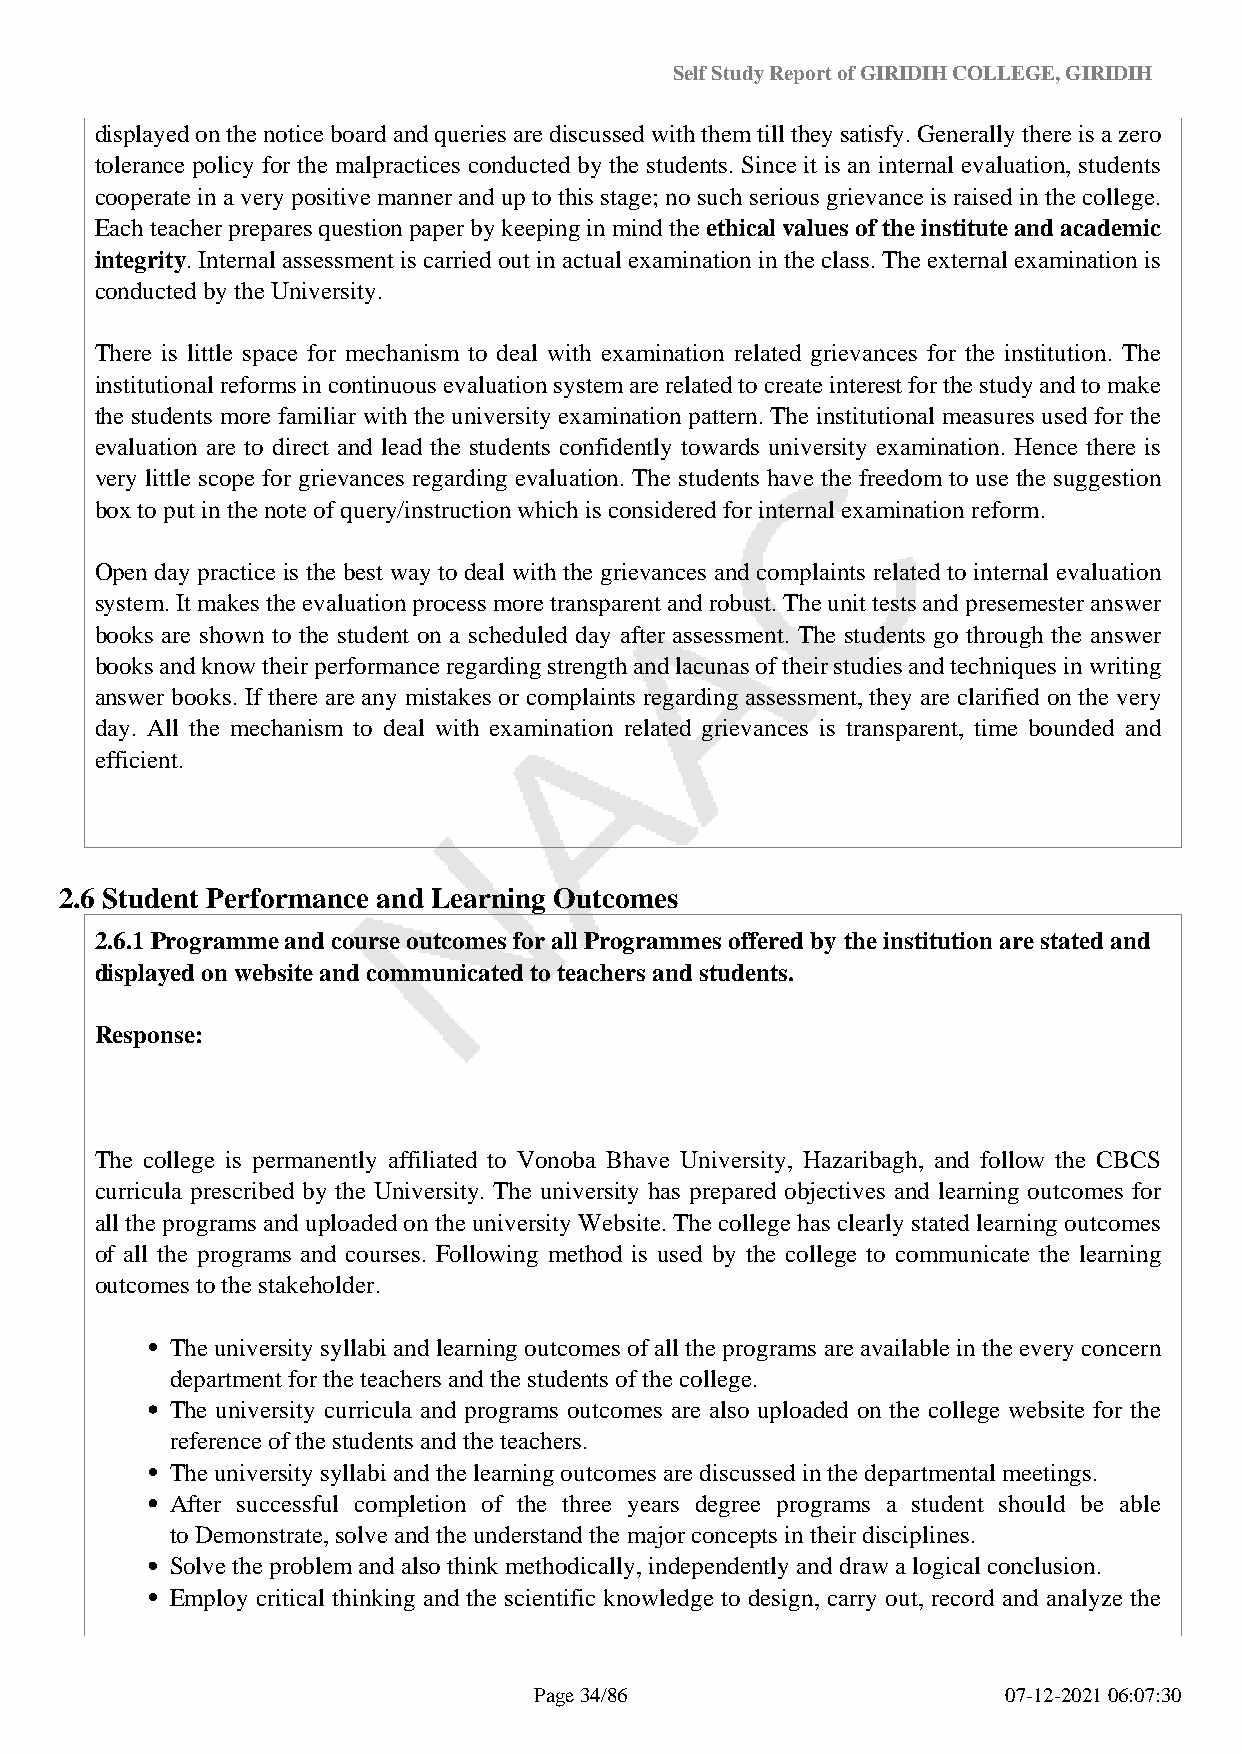
Self Study Report of GIRIDIH COLLEGE, GIRIDIH
 displayed on the notice board and queries are discussed with them till they satisfy. Generally there is a zero
 tolerance policy for the malpractices conducted by the students. Since it is an internal evaluation, students
 cooperate in a very positive manner and up to this stage; no such serious grievance is raised in the college.
 Each teacher prepares question paper by keeping in mind the ethical values of the institute and academic
 integrity. Internal assessment is carried out in actual examination in the class. The external examination is
 conducted by the University.
 There is little space for mechanism to deal with examination related grievances for the institution. The
 institutional reforms in continuous evaluation system are related to create interest for the study and to make
 the students more familiar with the university examination pattern. The institutional measures used for the
 evaluation are to direct and lead the students confidently towards university examination. Hence there is
 very little scope for grievances regarding evaluation. The students have the freedom to use the suggestion
 box to put in the note of query/instruction which is considered for internal examination reform.
 Open day practice is the best way to deal with the grievances and complaints related to internal evaluation
 system. It makes the evaluation process more transparent and robust. The unit tests and presemester answer
 books are shown to the student on a scheduled day after assessment. The students go through the answer
 books and know their performance regarding strength and lacunas of their studies and techniques in writing
 answer books. If there are any mistakes or complaints regarding assessment, they are clarified on the very
 day. All the mechanism to deal with examination related grievances is transparent, time bounded and
 efficient.
 2.6 Student Performance and Learning Outcomes
 2.6.1 Programme and course outcomes for all Programmes offered by the institution are stated and
 displayed on website and communicated to teachers and students.
 Response:
 The college is permanently affiliated to Vonoba Bhave University, Hazaribagh, and follow the CBCS
 curricula prescribed by the University. The university has prepared objectives and learning outcomes for
 all the programs and uploaded on the university Website. The college has clearly stated learning outcomes
 of all the programs and courses. Following method is used by the college to communicate the learning
 outcomes to the stakeholder.
 The university syllabi and learning outcomes of all the programs are available in the every concern
 department for the teachers and the students of the college.
 The university curricula and programs outcomes are also uploaded on the college website for the
 reference of the students and the teachers.
 The university syllabi and the learning outcomes are discussed in the departmental meetings.
 After successful completion of the three years degree programs a student should be able
 to Demonstrate, solve and the understand the major concepts in their disciplines.
 Solve the problem and also think methodically, independently and draw a logical conclusion.
 Employ critical thinking and the scientific knowledge to design, carry out, record and analyze the
 Page 34/86                      07-12-2021 06:07:30